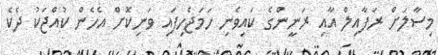
މިސާލަށް ރަފާއިލް އާއި ރަނީންގެ ކައިވެނި ހަމަޖެހިފައި ވަނިކޮށް އެހެން ކުއްޖަކު ދެކެ